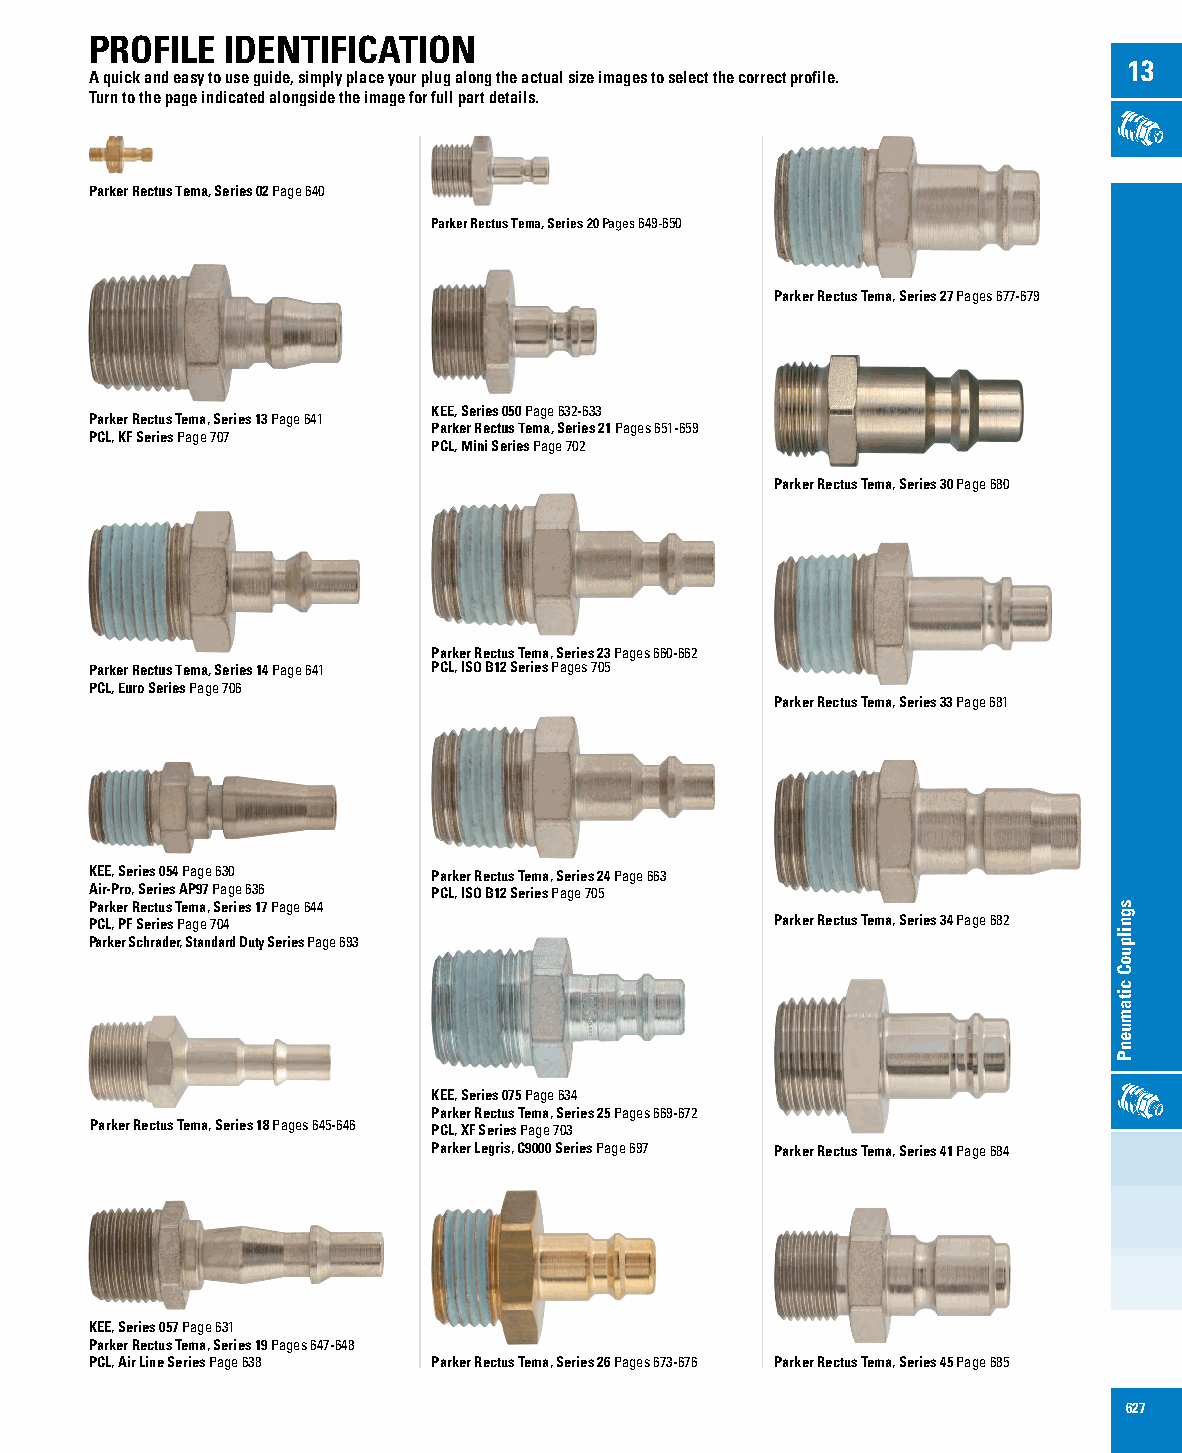
PROFILE  IDENTIFICATION
 13
 A quick and easy to use guide, simply place your plug along the actual size images to select the correct profile.
 Turn to the page indicated alongside the image for full part details.
 Parker Rectus Tema, Series 02 Page 640
 Parker Rectus Tema, Series 20 Pages 649-650
 Parker Rectus Tema, Series 27 Pages 677-679
 KEE, Series 050 Page 632-633
 Parker Rectus Tema, Series 13 Page 641
 Parker Rectus Tema, Series 21 Pages 651-659
 PCL, KF Series Page 707
 PCL, Mini Series Page 702
 Parker Rectus Tema, Series 30 Page 680
 Parker Rectus Tema, Series 23 Pages 660-662
 Parker Rectus Tema, Series 14 Page 641 PCL, ISO B12 Series Pages 705
 PCL, Euro Series Page 706
 Parker Rectus Tema, Series 33 Page 681
 KEE, Series 054 Page 630 Parker Rectus Tema, Series 24 Page 663
 Air-Pro, Series AP97 Page 636 PCL, ISO B12 Series Page 705
 Parker Rectus Tema, Series 17 Page 644
 PCL, PF Series Page 704                      Parker Rectus Tema, Series 34 Page 682
 Parker Schrader, Standard Duty Series Page 693
 KEE, Series 075 Page 634
 Parker Rectus Tema, Series 25 Pages 669-672
 Parker Rectus Tema, Series 18 Pages 645-646 PCL, XF Series Page 703
 Parker Legris, C9000 Series Page 697 Parker Rectus Tema, Series 41 Page 684
 KEE, Series 057 Page 631
 Parker Rectus Tema, Series 19 Pages 647-648
 PCL, Air Line Series Page 638 Parker Rectus Tema, Series 26 Pages 673-676 Parker Rectus Tema, Series 45 Page 685
 627
 sgnilpuoC
 citamuenP